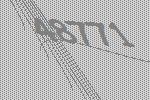
48771